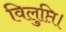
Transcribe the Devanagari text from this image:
विलुप्ति।